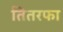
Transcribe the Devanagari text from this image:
तितरफा